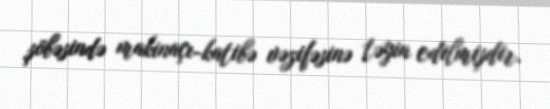
şöbəsində makinaçı-katibə vəzifəsinə təyin edilmişdir.